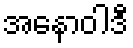
အနောဝါဒီ